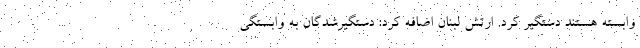
وابسته هستند دستگیر کرد. ارتش لبنان اضافه کرد: دستگیرشدگان به وابستگی